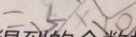
= 5 \times 1 0